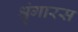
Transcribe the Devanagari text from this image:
श्रृंगारस